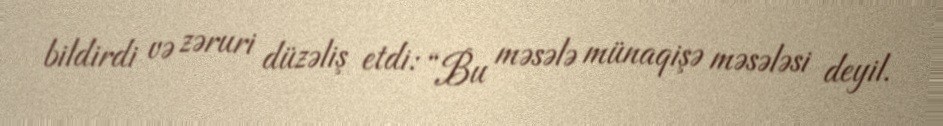
bildirdi və zəruri düzəliş etdi: “Bu məsələ münaqişə məsələsi deyil.